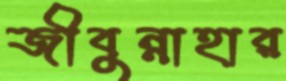
জীবুন্নাহার